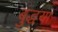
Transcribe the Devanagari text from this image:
बुद्धया